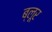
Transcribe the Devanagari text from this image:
ब्लूर